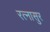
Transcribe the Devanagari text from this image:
रत्‍नासुर